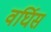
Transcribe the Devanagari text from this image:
वर्घिस